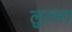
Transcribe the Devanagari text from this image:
लुतरा